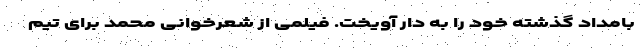
بامداد گذشته خود را به دار آویخت. فیلمی از شعرخوانی محمد برای تیم